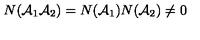
N ( { \cal A } _ { 1 } { \cal A } _ { 2 } ) = N ( { \cal A } _ { 1 } ) N ( { \cal A } _ { 2 } ) \neq 0